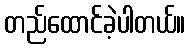
တည်ထောင်ခဲ့ပါတယ်။